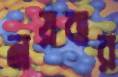
নয়বার